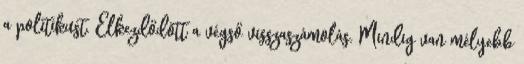
a politikust. Elkezdődött a végső visszaszámolás. Mindig van mélyebb